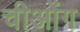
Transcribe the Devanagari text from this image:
चीओंग